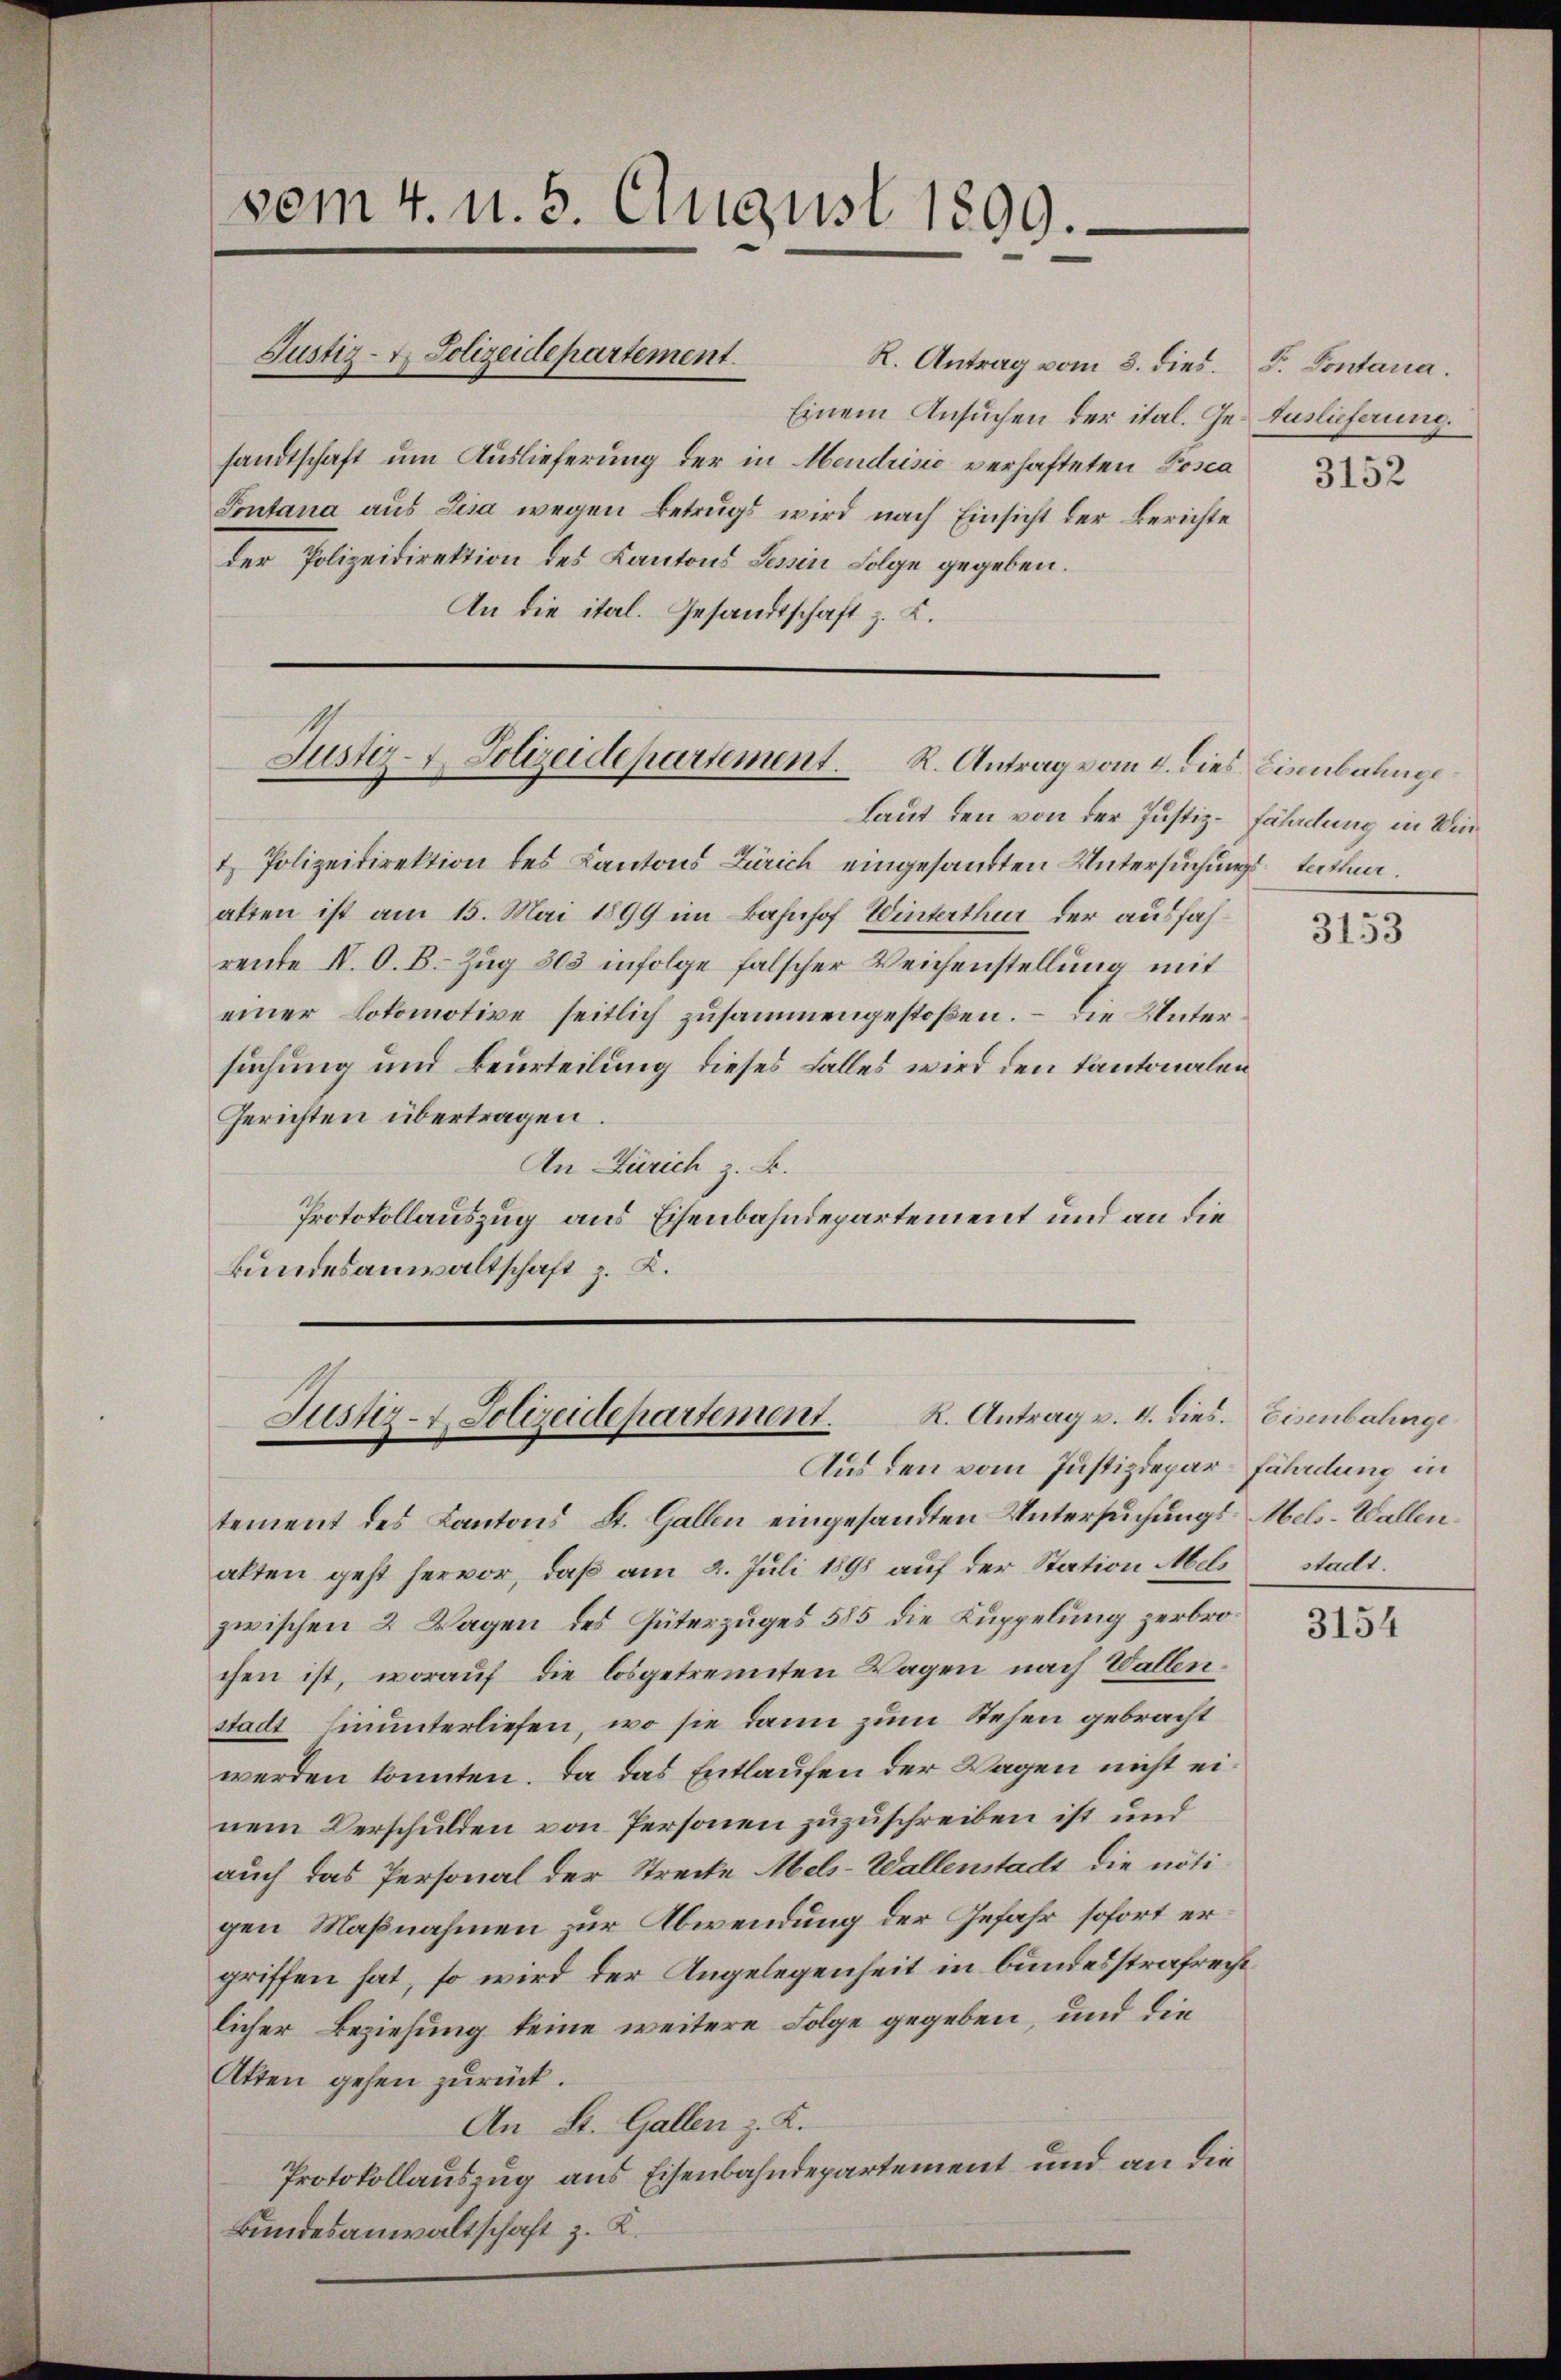
vom 4. d. 5. August 1899.

Justiz- & Polizeidepartement.

Einem Ansuchen der ital. Ge- Auslieferung.
sandtschaft um Auslieferung der in Mendrisio verhafteten Posca
Sontana aus Lisa wegen Betrugs wird nach Einsicht der Berichte
der Polizeidirektion des Kantons Tessin Folge gegeben.
An die ital. Gesandtschaft z. K.

R. Antrag vom 3. dies. F. Pontana.

Justiz- & Polizeidepartement. R. Antrag vom 4. dies

Laut den von der Justiz-Fäladung in Win¬
& Polizeidirektion des Cantons Zürich eingesandten Untersuchungs statten.
alten ist am 15. Mai 1899 im Bahnhof Winterthur der ausfahrente II. O. B. Zug 303 infolge falscher Weichenstellung mit
einer Lokomotive seitlich zusammengestoßen. – Die Untersuchung und Beurteilung dieses Falles wird den Kantonalen
Gerichten übertragen.
An Zürich z. B.
Protokollauszug aus Eisenbahndepartement und an die
Bundesanwaltschaft z. K.

R. Antrag v. 4. dies. Eisenbahnge
Justiz- u. Polizeidepartement.
Aus den vom Justizdepar-Fährdung in

tement des Kantons St. Gallen eingesandten Untersuchungs- Meli-Wallenalten geht hervor, daß am 2. Juli 1898 auf der Station Meli stadt.
zwischen 2 Wagen des Güterzuges 585 die Kuppelung zerbrochen ist, worauf die losgetrennten Wagen nach Vallen.
stadt hinunterliefen, wo sie dann zum Stehen gebracht
werden konnten. Da das Entlaufen der Wagen nicht einem Verschulden von Personen zuzuschreiben ist und
auch das Personal der Strecke Meli-Wallenstadt die nötigen Maßnahmen zur Abwendung der Gefahr sofort ergriffen hat, so wird der Angelegenheit in bundesstrafrecht
licher Beziehung keine weitere Folge gegeben, und die
Atten gehen zurück.
An St. Gallen z. K.
Protokollauszug aus Eisenbahndepartement und an die
Bundesanwaltschaft z. K.

3152

Eisenbahnge

3153

3154